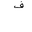
Letter: _fa